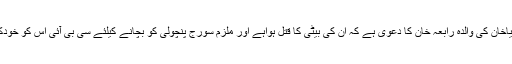
دوسری طرف جیاخان کی والدہ رابعہ خان کا دعویٰ ہے کہ ان کی بیٹی کا قتل ہواہے اور ملزم سورج پنچولی کو بچانے کیلئے سی بی آئی اس کو خودکشی بتا رہی ہے۔